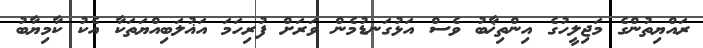
ރައްޔިތުންގެ މަޖިލީހުގެ އިންތިޚާބު ވެސް އަޅުގަނޑުމެން ވަރަށް ފުރިހަމަ އަޣުލަބިއްޔަތަކާ އެކު ކާމިޔާބު